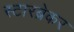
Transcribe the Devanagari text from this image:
स्टारब्रेकर